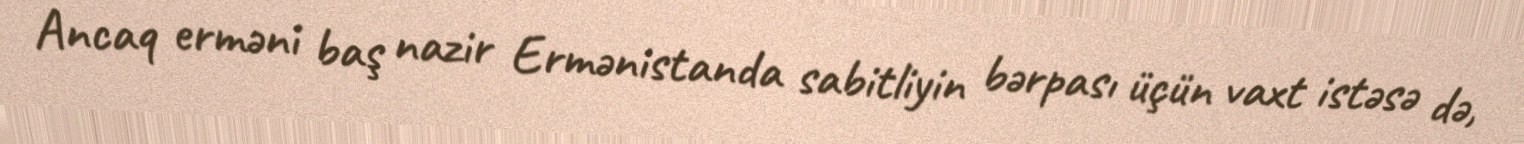
Ancaq erməni baş nazir Ermənistanda sabitliyin bərpası üçün vaxt istəsə də,